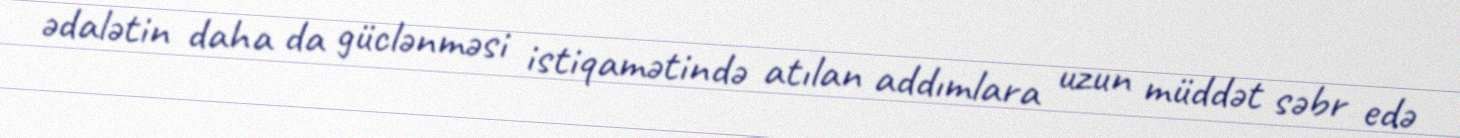
ədalətin daha da güclənməsi istiqamətində atılan addımlara uzun müddət səbr edə